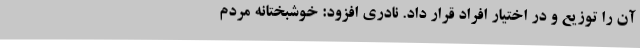
آن را توزیع و در اختیار افراد قرار داد. نادری افزود: خوشبختانه مردم